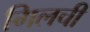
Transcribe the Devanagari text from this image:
गिलची